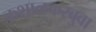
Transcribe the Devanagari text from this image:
कशाळकरबुवा